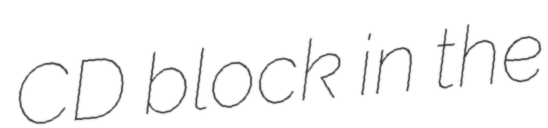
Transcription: CD block in the